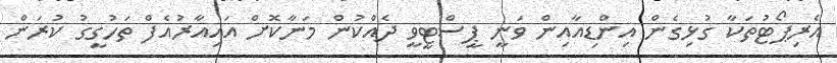
އެރިޕޯޓުތަކާ ގުޅިގެން އިންޑިއާއިން ވަނީ ޕީސްޓީވީ ދެއްކުން މަނާކޮށް އައިއާރުއެފް ތަހުގީގު ކުރަން